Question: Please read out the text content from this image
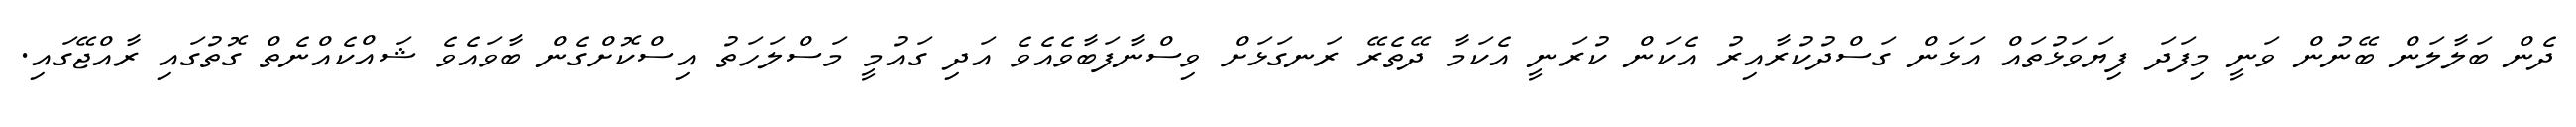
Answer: ދެން ބަލާލަން ބޭނުން ވަނީ މިފަދަ ފިޔަވަޅުތައް އަޅަން ގަސްދުކުރާއިރު އެކަން ކުރަނީ އެކަމާ ދޭތެރޭ ރަނގަޅަށް ވިސްނާފަބާވެއެވެ އަދި ގައުމީ މަސްލަހަތު އިސްކޮށްގެން ބާވައެވެ ޝައްކެއްނެތް ގޮތުގައި ރާއްޖޭގައި.